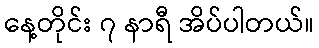
နေ့တိုင်း ၇ နာရီ အိပ်ပါတယ်။